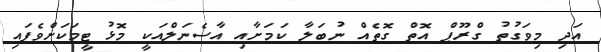
އަދި މިވަގުތު ގްރޫޕް އޮތް ގޮތެއް ނުބަލާ ކަމަށާއި އާސެނަލްއަކީ މޮޅު ޓީމަކަށްވެފައި